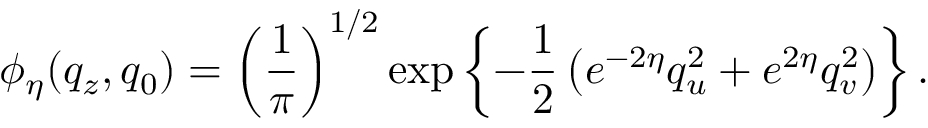
\phi _ { \eta } ( q _ { z } , q _ { 0 } ) = \left( { \frac { 1 } { \pi } } \right) ^ { 1 / 2 } \exp \left\{ - { \frac { 1 } { 2 } } \left( e ^ { - 2 \eta } q _ { u } ^ { 2 } + e ^ { 2 \eta } q _ { v } ^ { 2 } \right) \right\} .